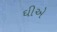
ઘીએ